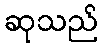
ဆုသည်